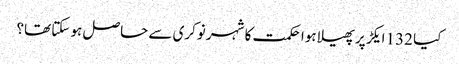
کیا 132 ایکڑ پر پھیلا ہوا حکمت کا شہر نوکری سے حاصل ہو سکتا تھا؟